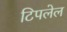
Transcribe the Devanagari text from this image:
टिपलेल